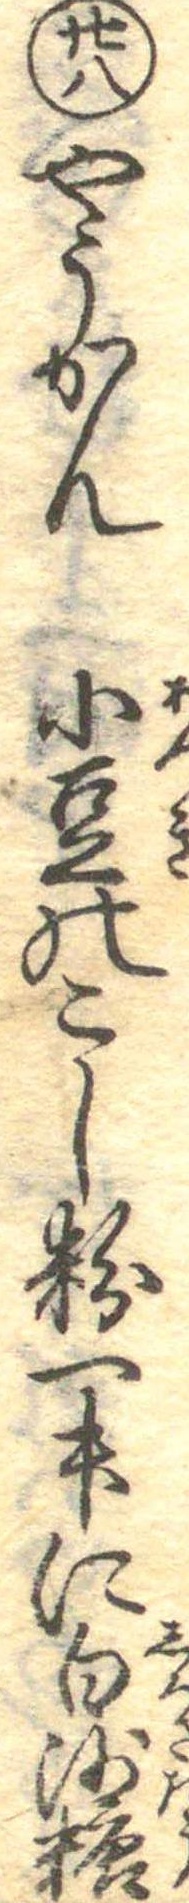
廿八やうかん小豆のこし粉一升に白沙糖